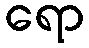
ရော